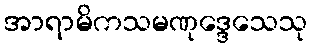
အာရာမိကသမဏုဒ္ဒေသေသု